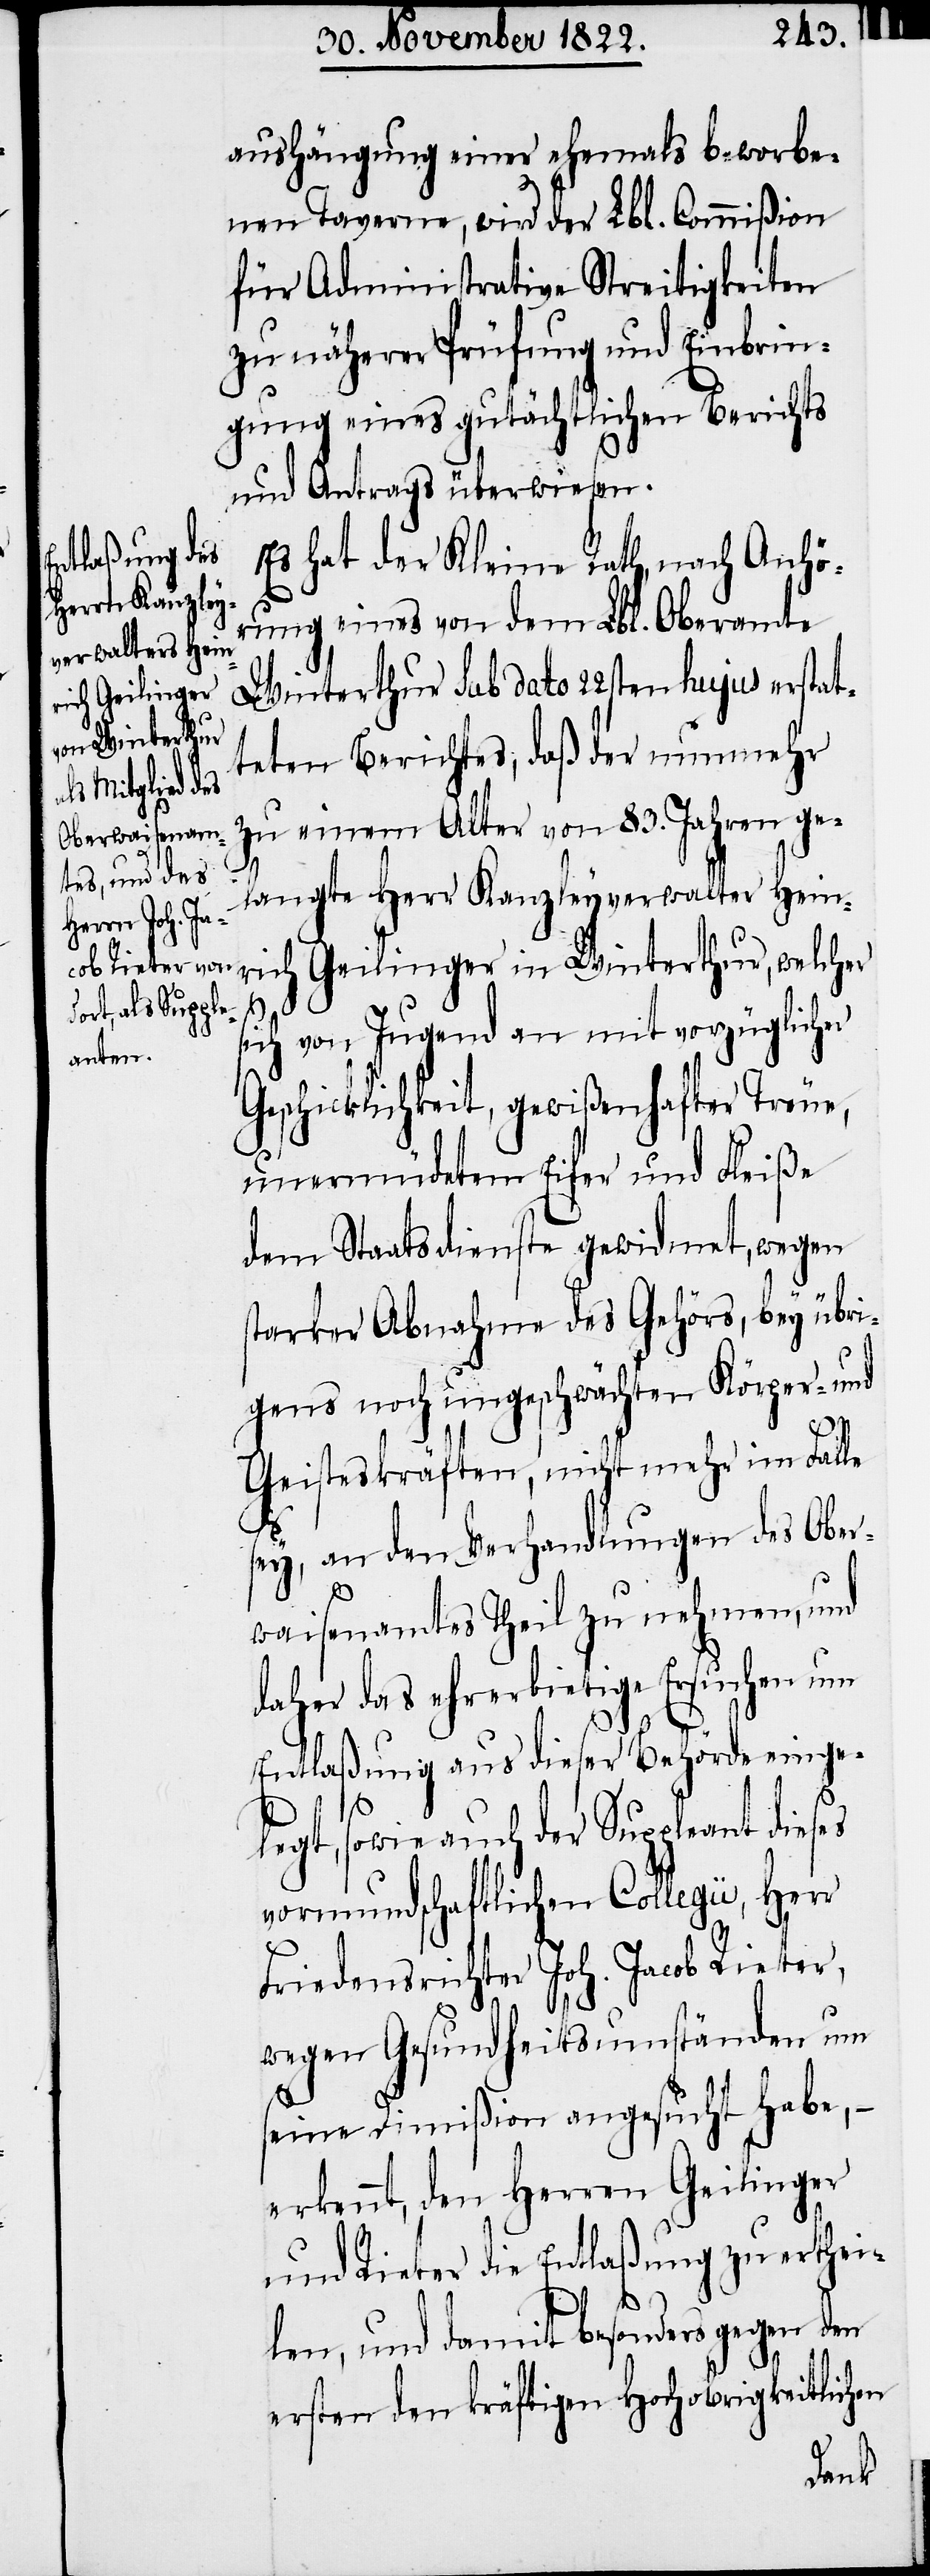
aushängung einer ehemals beworbe¬
nen Taverne, wird der Lbl. Commißion
für Administrative Streitigkeiten
zu näherer Prüfung und Einbrin¬
gung eines gutächtlichen Berichts
und Antrags überwiesen.
Es hat der Kleine Rath, nach Anhö¬
rung eines von dem Lbl. Oberamte
Winterthur sub dato 22ten hujus erstat¬
teten Berichtes, daß der nunmehr
zu einem Alter von 83. Jahren ge¬
langte Herr Kanzleyverwalter Hein¬
rich Geilinger in Winterthur, welcher
sich von Jugend an mit vorzüglicher
Geschicklichkeit, gewißenhafter Treue,
unermüdetem Eifer und Fleiße
dem Staatsdienste gewidmet, wegen
starker Abnahme des Gehörs, bey übri¬
gens noch ungeschwächten Körper- und
Geisteskräften, nicht mehr im Falle
sey, an den Verhandlungen des Ober¬
waisenamtes Theil zu nehmen, und
daher das ehrerbietige Ersuchen um
Entlaßung aus dieser Behörde einge¬
legt, sowie auch der Suppleant dieses
vormundschaftlichen Collegii, Her¬
Friedensrichter Joh. Jacob Rieter,
r
wegen Gesundheitsumständen um
seine Dimißion angesucht habe, –
erkennt, den Herren Geilinger
und Rieter die Entlaßung zu erthei¬
len, und damit besonders gegen den
ersten den kräftigen Hochobrigkeitlichen